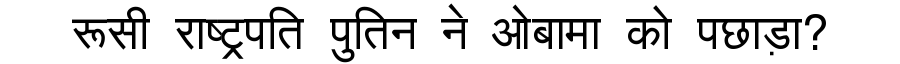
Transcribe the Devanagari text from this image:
रूसी राष्ट्रपति पुतिन ने ओबामा को पछाड़ा?